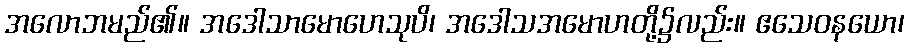
အလောဘမည်၏။ အဒေါသာမောဟေသုပိ၊ အဒေါသအမောဟတို့၌လည်း။ ဧသေဝနယော၊